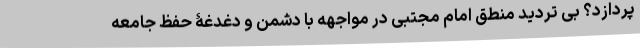
پردازد؟ بی تردید منطق امام مجتبی در مواجهه با دشمن و دغدغۀ حفظ جامعه